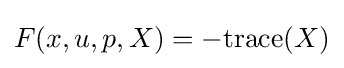
F(x,u,p,X)=-{\text{trace}}(X)